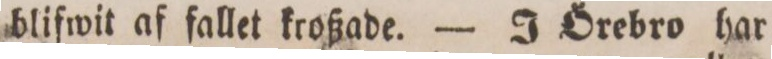
blifwit af fallet kroßade. — J Örebro har